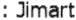
: JIMART